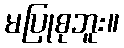
မပြုစုဘူး။